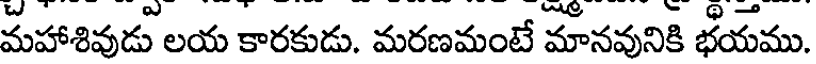
మహాశివుడు లయ కారకుడు. మరణమంటే మానవునికి భయము.